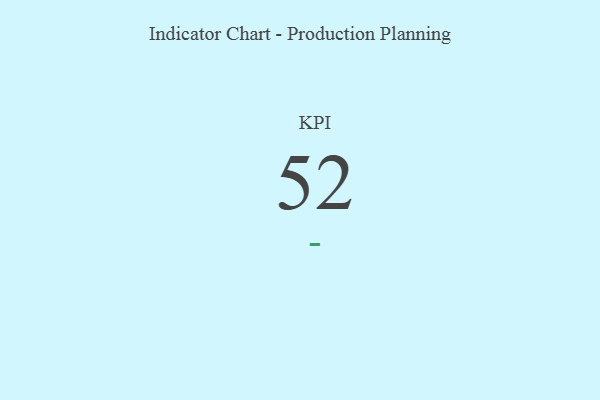
{"axis": {"x": "KPI", "y": "Value"}, "legend": [""], "data": [{"x": "KPI", "y": 52, "type": ""}]}